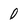
Character: 0